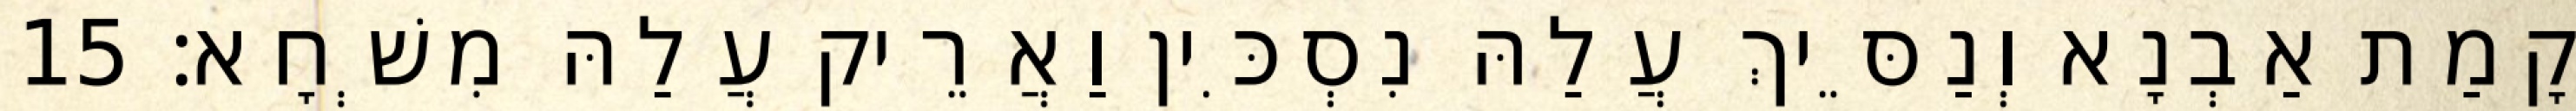
קָמַת אַבְנָא וְנַסֵּיךְ עֲלַהּ נִסְכִּין וַאֲרֵיק עֲלַהּ מִשְׁחָא׃ 15